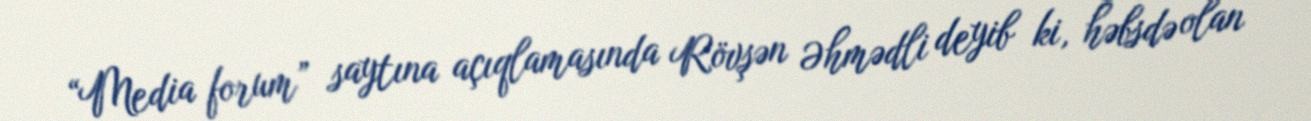
“Media forum” saytına açıqlamasında Rövşən Əhmədli deyib ki, həbsdə olan